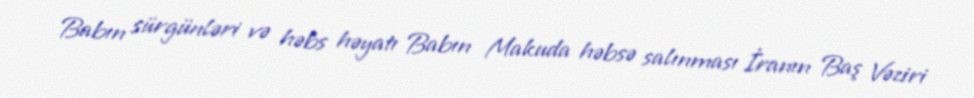
Babın sürgünləri və həbs həyatı Babın Makuda həbsə salınması İranın Baş Vəziri